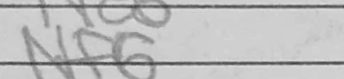
Transcription: Nf6